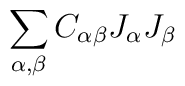
\sum_{\alpha,\beta} C_{\alpha\beta} J_{\alpha}J_{\beta}